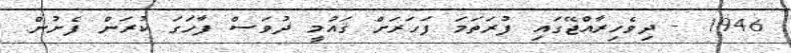
1946 - ދިވެހިރާއްޖޭގައި ފުރަތަމަ ފަހަރަށް ޤައުމީ ދުވަސް ފާހަގަ ކުރަން ފެށުން.